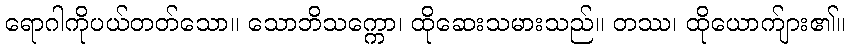
ရောဂါကိုပယ်တတ်သော။ သောဘိသက္ကော၊ ထိုဆေးသမားသည်။ တဿ၊ ထိုယောက်ျား၏။